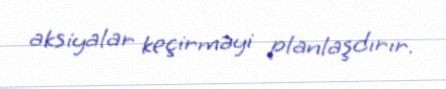
aksiyalar keçirməyi planlaşdırır.